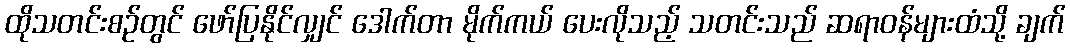
ထိုသတင်းစဉ်တွင် ဖော်ပြနိုင်လျှင် ဒေါက်တာ မိုက်ကယ် ပေးလိုသည့် သတင်းသည် ဆရာဝန်များထံသို့ ချက်